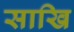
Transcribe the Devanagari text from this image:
साखि